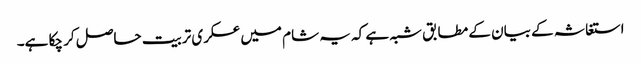
استغاثہ کے بیان کے مطابق شبہ ہے کہ یہ شام میں عسکری تربیت حاصل کر چکا ہے۔